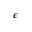
\epsilon